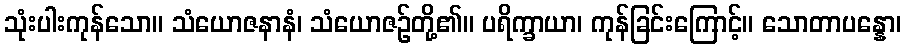
သုံးပါးကုန်သော။ သံယောဇနာနံ၊ သံယောဇဉ်တို့၏။ ပရိက္ခာယာ၊ ကုန်ခြင်းကြောင့်။ သောတာပန္နော၊